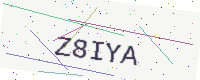
Text: Z8IYA